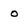
Character: 0